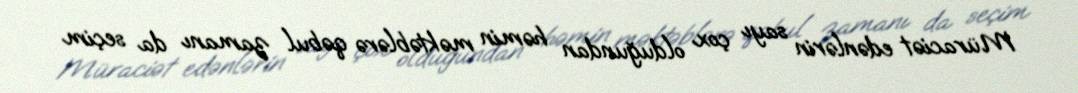
Müraciət edənlərin sayı çox olduğundan həmin məktəblərə qəbul zamanı da seçim